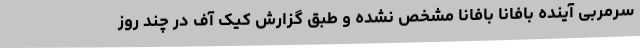
سرمربی آینده بافانا بافانا مشخص نشده و طبق گزارش کیک آف در چند روز